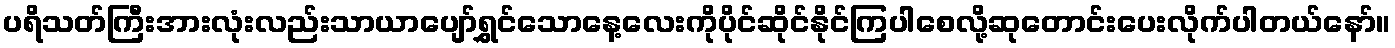
ပရိသတ်ကြီးအားလုံးလည်းသာယာပျော်ရွှင်သောနေ့လေးကိုပိုင်ဆိုင်နိုင်ကြပါစေလို့ဆုတောင်းပေးလိုက်ပါတယ်နော်။